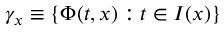
\gamma _ { x } \equiv \{ \Phi ( t , x ) : t \in I ( x ) \}